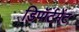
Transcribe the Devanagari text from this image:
डिपॉर्टमेंट